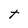
Character: t